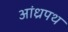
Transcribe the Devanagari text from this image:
आंध्रपथ